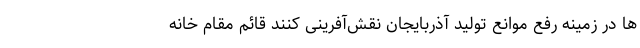
ها در زمینه رفع موانع تولید آذربایجان‌ نقش‌آفرینی کنند قائم مقام خانه